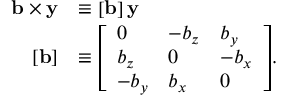
{ \begin{array} { r l } { \mathbf { b } \times \mathbf { y } } & { \equiv \left[ \mathbf { b } \right] \mathbf { y } } \\ { \left[ \mathbf { b } \right] } & { \equiv { \left[ \begin{array} { l l l } { 0 } & { - b _ { z } } & { b _ { y } } \\ { b _ { z } } & { 0 } & { - b _ { x } } \\ { - b _ { y } } & { b _ { x } } & { 0 } \end{array} \right] } . } \end{array} }